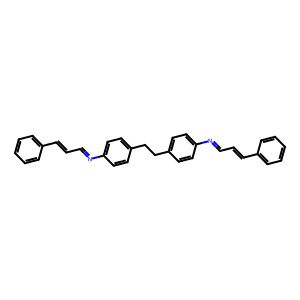
SMILES: C(=Cc1ccccc1)C=Nc1ccc(CCc2ccc(N=CC=Cc3ccccc3)cc2)cc1
Inhibits HIV replication: No